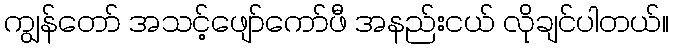
ကျွန်တော် အသင့်ဖျော်ကော်ဖီ အနည်းငယ် လိုချင်ပါတယ်။